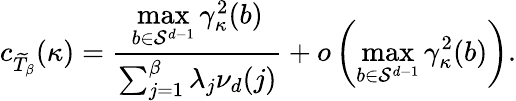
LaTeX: c_{\widetilde{T}_{\beta}}(\kappa)=\frac{\underset{b\in\mathcal{S}^{d-1}}{\operatorname*{max}}\gamma_{\kappa}^{2}(b)}{\sum_{j=1}^{\beta}\lambda_{j}\nu_{d}(j)}+o\left(\underset{b\in\mathcal{S}^{d-1}}{\operatorname*{max}}\gamma_{\kappa}^{2}(b)\right).